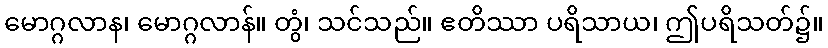
မောဂ္ဂလာန၊ မောဂ္ဂလာန်။ တွံ၊ သင်သည်။ ဧတိဿာ ပရိသာယ၊ ဤပရိသတ်၌။